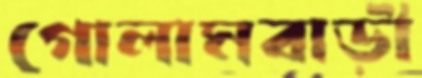
গোলামবাড়ী